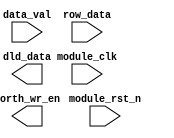
module morph_treatment (

    input   module_clk,             //
    input   module_rst_n,           //
    
    input   data_val,               //    
    input   row_data,               //
    
    output  morth_wr_en,            //SDRAM
    output  dld_data                //
    );
    

////,
//always @(posedge module_clk or negedge module_rst_n) begin
//    if(!sys_rst_n)
//        data_val <= 1'b0;
//    else
//        data_val <= data_req;    
//end    
//    
//    
    endmodule